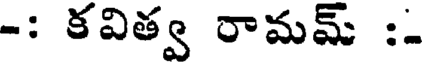
-: కవిత్వ రామమ్ :